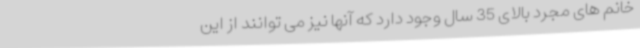
خانم های مجرد بالای 35 سال وجود دارد که آنها نیز می توانند از این